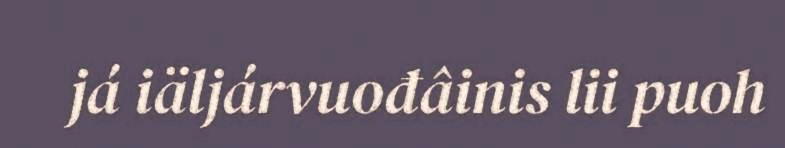
já iäljárvuođâinis lii puoh